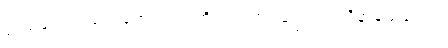
သံဃဘေဒံ၊ သံဃဘေဒကကံကို။ ကတွာ၊ ပြု၍။ ကပ္ပဝိနာသေယေဝ၊